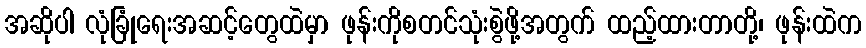
အဆိုပါ လုံခြုံရေးအဆင့်တွေထဲမှာ ဖုန်းကိုစတင်သုံးစွဲဖို့အတွက် ထည့်ထားတာတို့၊ ဖုန်းထဲက